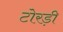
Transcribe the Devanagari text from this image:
टोरड़ी